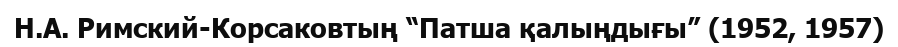
Н.А. Римский-Корсаковтың “Патша қалыңдығы” (1952, 1957)